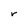
Character: r